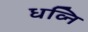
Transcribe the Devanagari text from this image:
धव्नि